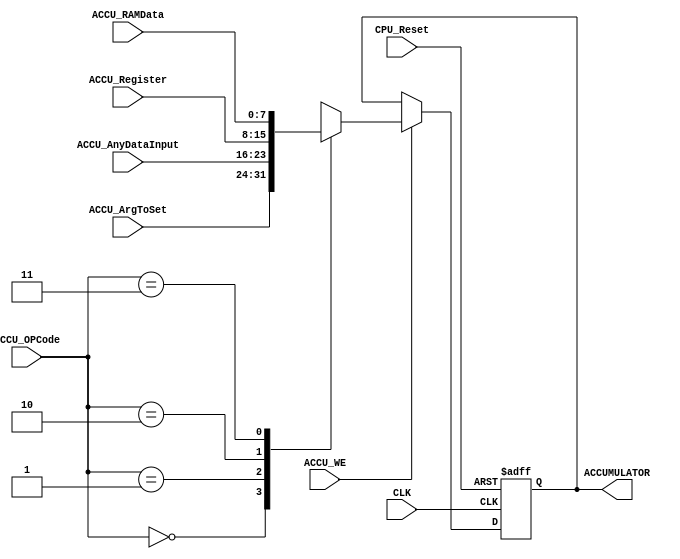
module ACCU
(
	input  wire 				CLK,
	input  wire 				CPU_Reset,

	input  wire					ACCU_WE,
	input  wire 	[1:0] ACCU_OPCode,
	

	input  wire 	[7:0]	ACCU_ArgToSet,
	input  wire 	[7:0]	ACCU_RAMData,
	input  wire 	[7:0]	ACCU_AnyDataInput,
	input  wire 	[7:0]	ACCU_Register,
	
	output reg 		[7:0]	ACCUMULATOR
);


always @(posedge CLK or posedge CPU_Reset)
begin
	if(CPU_Reset)
		ACCUMULATOR <= 0;
	else
		if(ACCU_WE)
		begin
			case(ACCU_OPCode)
				2'b00:
					ACCUMULATOR <= ACCU_ArgToSet;
				2'b01:
					ACCUMULATOR <= ACCU_AnyDataInput;
				2'b10:
					ACCUMULATOR <= ACCU_Register;	
				2'b11:
					ACCUMULATOR <= ACCU_RAMData;
			endcase
		end
end

//TESTBENCH INIT:
initial begin
	ACCUMULATOR = 0;
end

endmodule